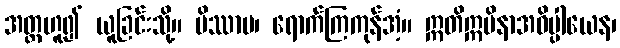
အတ္တဟူ၍ ယူခြင်းသို့။ မိဿာမ၊ ရောက်ကြကုန်အံ့။ ဣတိဣမိနာအဓိပ္ပါယေန၊